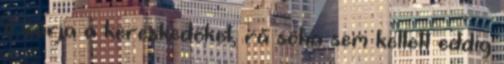
ő várja a kereskedőket, rá soha sem kellett eddig